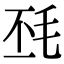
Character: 𣬾